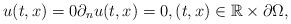
LaTeX: \begin{align*}u(t,x) = 0 \partial_n u (t,x)=0,(t,x)\in\mathbb R \times \partial\Omega,\end{align*}